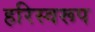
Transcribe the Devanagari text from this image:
हरिस्वरूप